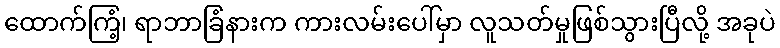
ထောက်ကြံ့၊ ရာဘာခြံနားက ကားလမ်းပေါ်မှာ လူသတ်မှုဖြစ်သွားပြီလို့ အခုပဲ